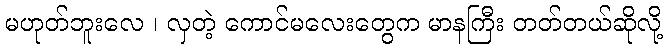
မဟုတ်ဘူးလေ ၊ လှတဲ့ ကောင်မလေးတွေက မာနကြီး တတ်တယ်ဆိုလို့